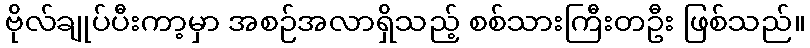
ဗိုလ်ချုပ်ပီးကာ့မှာ အစဉ်အလာရှိသည့် စစ်သားကြီးတဦး ဖြစ်သည်။